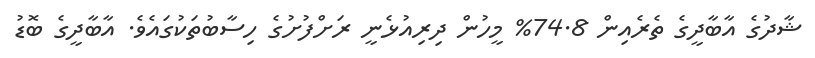
ޝާދުގެ އާބާދީގެ ތެރެއިން 74.8% މީހުން ދިރިއުޅެނީ ރަށްފުށުގެ ހިސާބުތަކުގައެވެ. އާބާދީގެ ބޮޑު